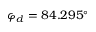
\varphi _ { d } = 8 4 . 2 9 5 ^ { \circ }